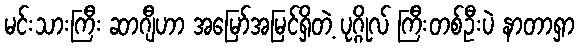
မင်းသားကြီး ဆာဂျီဟာ အမြော်အမြင်ရှိတဲ့ ပုဂ္ဂိုလ် ကြီးတစ်ဦးပဲ နာတာရှာ